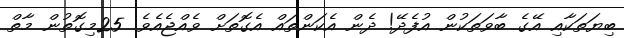
ބިޔަތަކާއި އޭގެ ބާވަތަކުން އުފެދޭ! ދެން އެކަންތައް އެގޮތަށް ވެއްޖެއެވެ. 25މިގޮތުން މާތް